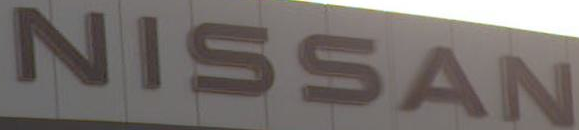
NISSAN